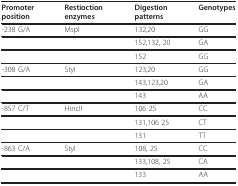
| Promoter position | Restioction enzymes | Digestion patterns | Genotypes |
 | --- | --- | --- | --- |
 | -238 G/A | MspI | 132,20 | GG |
 |  |  | 152,132, 20 | GA |
 |  |  | 152 | GG |
 | -308 G/A | StyI | 123,20 | GG |
 |  |  | 143,123,20 | GA |
 |  |  | 143 | AA |
 | -857 C/T | HincII | 106 25 | CC |
 |  |  | 131,106 25 | CT |
 |  |  | 131 | TT |
 | -863 C/A | StyI | 108, 25 | CC |
 |  |  | 133,108, 25 | CA |
 |  |  | 133 | AA |